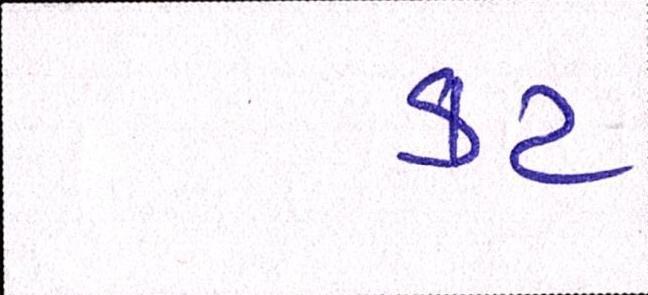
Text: કટ